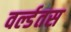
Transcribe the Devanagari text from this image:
वर्ल्डतस